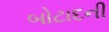
બોટાદની